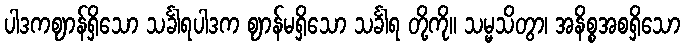
ပါဒကဈာန်ရှိသော သင်္ခါရပါဒက ဈာန်မရှိသော သင်္ခါရ တို့ကို။ သမ္မသိတွာ၊ အနိစ္စအစရှိသော